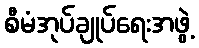
စီမံအုပ်ချုပ်ရေးအဖွဲ့